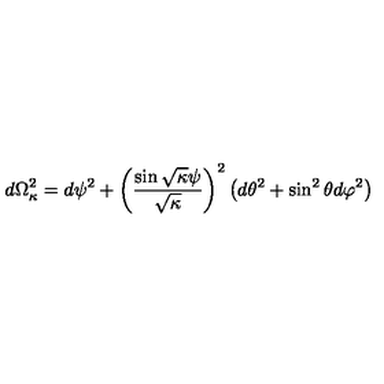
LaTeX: d \Omega _ { \kappa } ^ { 2 } = d \psi ^ { 2 } + \left( \frac { \sin \sqrt { \kappa } \psi } { \sqrt { \kappa } } \right) ^ { 2 } \left( d \theta ^ { 2 } + \sin ^ { 2 } \theta d \varphi ^ { 2 } \right)